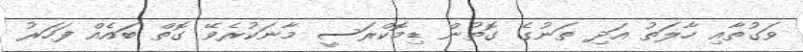
ވަގުތާއި ހާލަތު އަދި ތަނުގެ ގޮތުން ޑިމޮކްރަސީ މާނަކުރެވޭ ގޮތް ބައެއް ފަހަރު